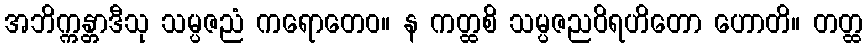
အဘိက္ကန္တာဒီသု သမ္ပဇညံ ကရောတေဝ။ န ကတ္ထစိ သမ္ပဇညဝိရဟိတော ဟောတိ။ တတ္ထ